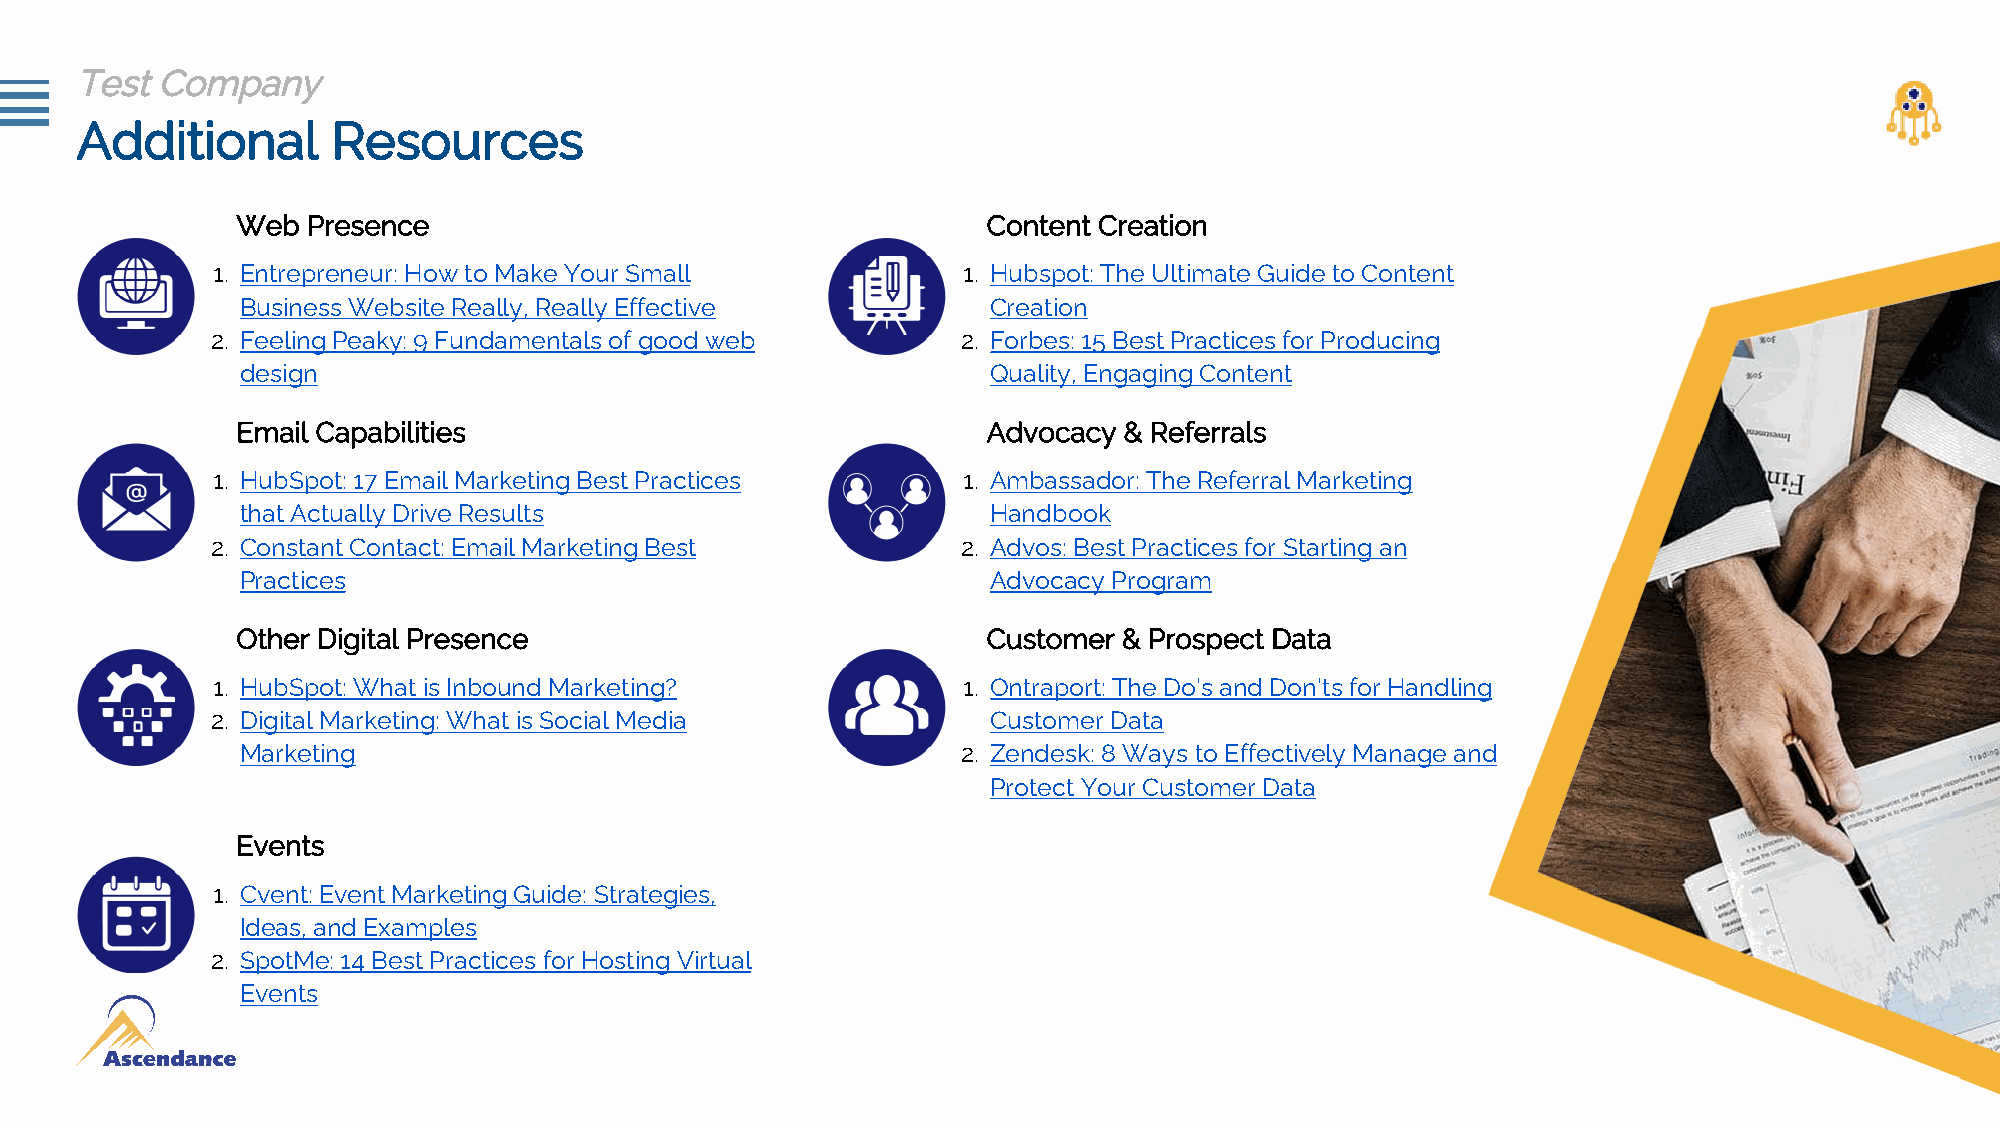
Test Company
 Additional       Resources
 Web Presence                                     Content Creation
 1. Entrepreneur: How to Make Your Small           1. Hubspot: The Ultimate Guide to Content
 Business Website Really, Really Effective         Creation
 2. Feeling Peaky: 9 Fundamentals of good web      2. Forbes: 15 Best Practices for Producing
 design                                            Quality, Engaging Content
 Email Capabilities                               Advocacy & Referrals
 1. HubSpot: 17 Email Marketing Best Practices     1. Ambassador: The Referral Marketing
 that Actually Drive Results                       Handbook
 2. Constant Contact: Email Marketing Best         2. Advos: Best Practices for Starting an
 Practices                                         Advocacy Program
 Other Digital Presence                           Customer & Prospect Data
 1. HubSpot: What is Inbound Marketing?            1. Ontraport: The Do's and Don'ts for Handling
 2. Digital Marketing: What is Social Media          Customer Data
 Marketing                                       2. Zendesk: 8 Ways to Effectively Manage and
 Protect Your Customer Data
 Events
 1. Cvent: Event Marketing Guide: Strategies,
 Ideas, and Examples
 2. SpotMe: 14 Best Practices for Hosting Virtual
 Events